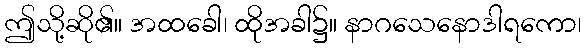
ဤသို့ဆို၏။ အထခေါ၊ ထိုအခါ၌။ နာဂသေနောဒါရကော၊